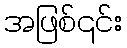
အဖြစ်၎င်း